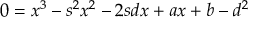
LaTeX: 0 = x ^ { 3 } - s ^ { 2 } x ^ { 2 } - 2 s d x + a x + b - d ^ { 2 }